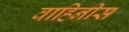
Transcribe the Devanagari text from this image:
वाहिनीस